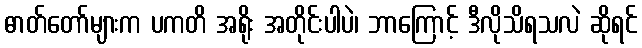
ဓာတ်တော်များက ပကတိ အရိုး အတိုင်းပါပဲ၊ ဘာကြောင့် ဒီလိုသိရသလဲ ဆိုရင်